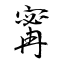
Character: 寗